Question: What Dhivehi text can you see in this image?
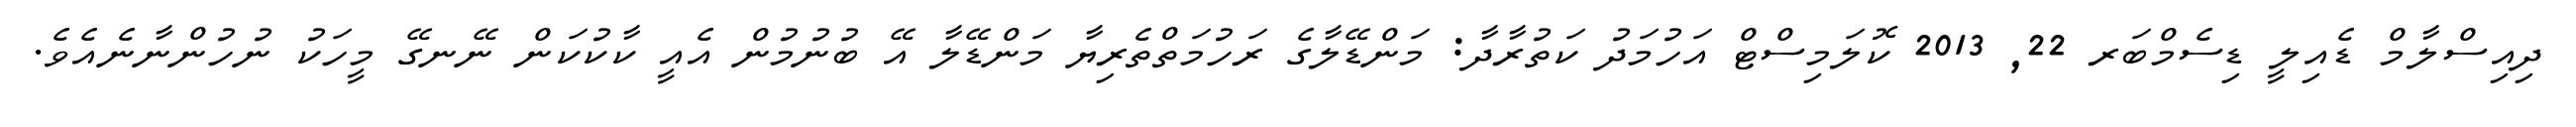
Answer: ދިއިސްލާމް ޑެއިލީ ޑިސެމްބަރ 22, 2013 ކޮލަމިސްޓް އަހުމަދު ކަތުރާދާ: މަންޑޭލާގެ ރަހުމަތްތެރިޔާ މަންޑޭލާ އޭ ބުނުމުން އެއީ ކާކުކަން ނޭނގޭ މީހަކު ނުހުންނާނެއެވެ.